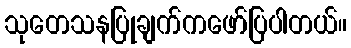
သုတေသနပြုချက်ကဖော်ပြပါတယ်။